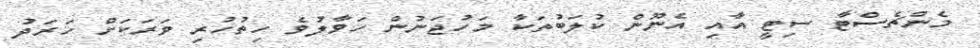
މެންޗެސްޓާ ސިޓީ އާއި އެނޫން ކުލަބުތަކާ މަހުޖަނުން ހަވާލުވެ ހިތުހުރި ވަރަކަށް ހަރަދު